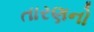
તારણનો